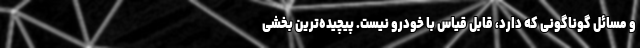
و مسائل گوناگونی که دارد، قابل قیاس با خودرو نیست. پیچیده‌ترین بخشی